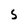
Character: S